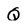
Character: Q